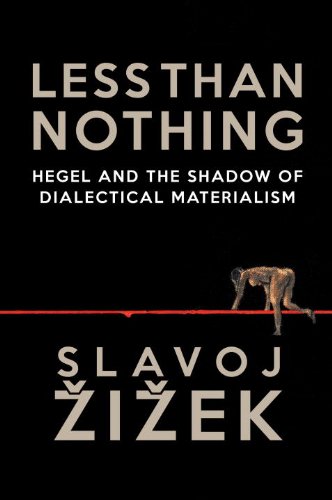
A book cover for Less Than Nothing: Hegel And The Shadow Of Dialectical Materialism; Slavoj Zizek; Politics & Social Sciences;